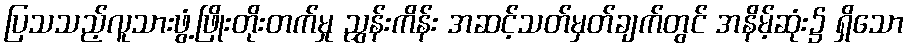
ပြသသည့်လူသားဖွံ့ဖြိုးတိုးတက်မှု ညွှန်းကိန်း အဆင့်သတ်မှတ်ချက်တွင် အနိမ့်ဆုံး၌ ရှိသော